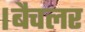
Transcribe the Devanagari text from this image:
।बैचलर